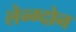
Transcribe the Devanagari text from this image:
लेन्ग्दोन